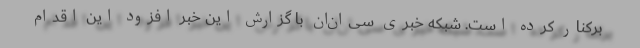
برکنار کرده است. شبکه خبری سی‌ان‌ان با گزارش این خبر افزود این اقدام